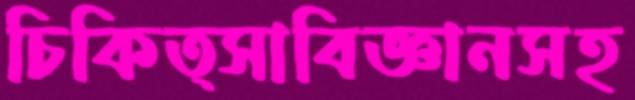
চিকিত্সাবিজ্ঞানসহ